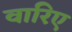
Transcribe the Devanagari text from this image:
वारिए